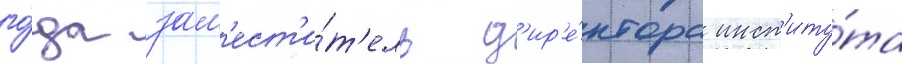
го́да зам'ест'и́т'ель д'ир'е́ктора инст'иту́та